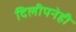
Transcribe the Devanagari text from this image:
दिलीपनेही